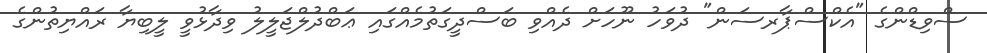
ސްވިޑްންގެ "އެކްސްޕާރސަން" ދުވަހު ނޫހަށް ދެއްވި ބަސްދީގަތުމެއްގައި ޢަބްދުލްޖަލީލު ވިދާޅުވީ ލީބިޔާ ރައްޔިތުންގެ